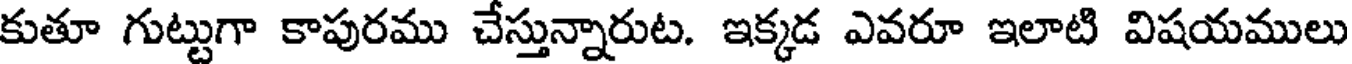
కుతూ గుట్టుగా కాపురము చేస్తున్నారుట. ఇక్కడ ఎవరూ ఇలాటి విషయములు